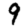
Digit: 9